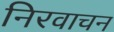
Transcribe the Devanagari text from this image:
निरवाचन